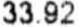
33.92